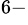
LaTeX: ^{6-}